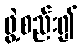
ဖွဲ့စည်း၍